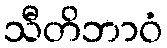
သီတိဘာဝံ